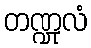
တဏ္ဍုလံ